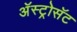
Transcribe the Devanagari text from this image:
अॅस्ट्रोसॅट